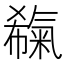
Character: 𣱬